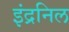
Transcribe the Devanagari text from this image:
इंद्रनिल